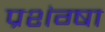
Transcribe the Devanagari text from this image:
प्रशंग्षा